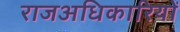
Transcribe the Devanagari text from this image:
राजअधिकारियों